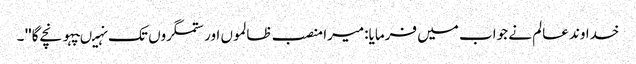
خدا وند عالم نے جواب میں فرمایا:میرا منصب ظالموں اور ستمگروں تک نہیںپہونچے گا'' ۔